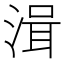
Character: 湒